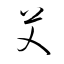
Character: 艾